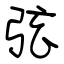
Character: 弦